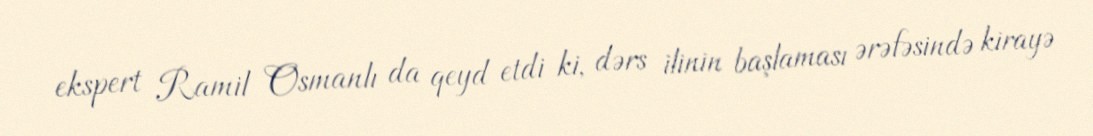
ekspert Ramil Osmanlı da qeyd etdi ki, dərs ilinin başlaması ərəfəsində kirayə